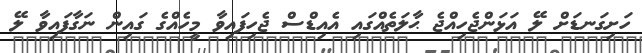
ހަށިގަނޑަށް ލޭ އަޅަންޖެހިއްޖެ ޙާލަތެއްގައި އެއިޑްސް ޖެހިފައިވާ މީހެއްގެ ގައިން ނަގާފައިވާ ލޭ